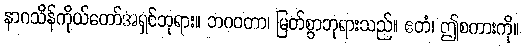
နာဂသိန်ကိုယ်တော်အရှင်ဘုရား။ ဘဂဝတာ၊ မြတ်စွာဘုရားသည်။ ဧတံ၊ ဤစကားကို။